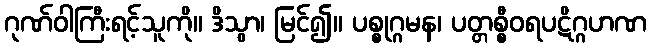
ဂုဏ်ဝါကြီးရင့်သူကို။ ဒိသွာ၊ မြင်၍။ ပစ္စုဂ္ဂမန၊ ပတ္တစ္စီဝရပဋိဂ္ဂဟဏ